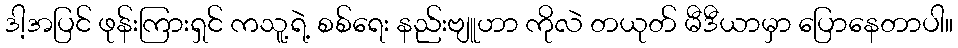
ဒါ့အပြင် ဖုန်းကြားရှင် ကသူ့ရဲ့ စစ်ရေး နည်းဗျူဟာ ကိုလဲ တယုတ် မီဒီယာမှာ ပြောနေတာပါ။